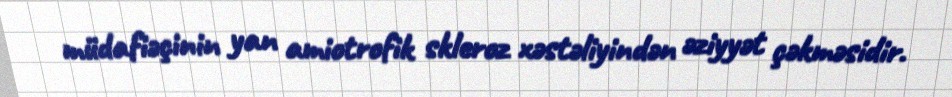
müdafiəçinin yan amiotrofik skleroz xəstəliyindən əziyyət çəkməsidir.